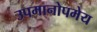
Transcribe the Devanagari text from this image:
उपमानोपमेय